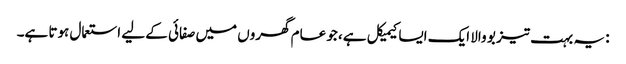
: یہ بہت تیز بو والا ایک ایسا کیمیکل ہے، جو عام گھروں میں صفائی کے لیے استعمال ہوتا ہے۔